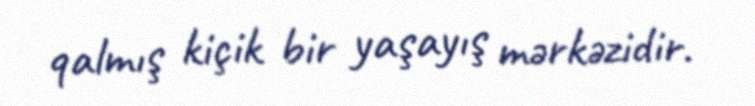
qalmış kiçik bir yaşayış mərkəzidir.